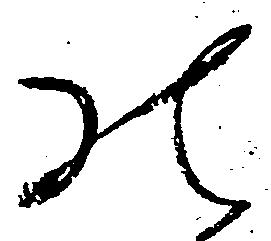
の